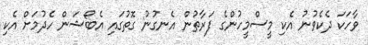
ވާހަކަ ދެކެވުނު އެކި މީސްމީހުންގެ ފަރާތުން އެނގުނު ގޮތުގައި އެބޯޝަން ހެދުމަށް އެކި